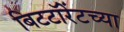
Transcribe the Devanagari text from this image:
बिटटॉरेंटच्या